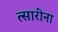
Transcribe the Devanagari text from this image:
त्सारीना